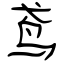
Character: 鸢